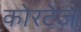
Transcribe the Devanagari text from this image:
कोरटेज